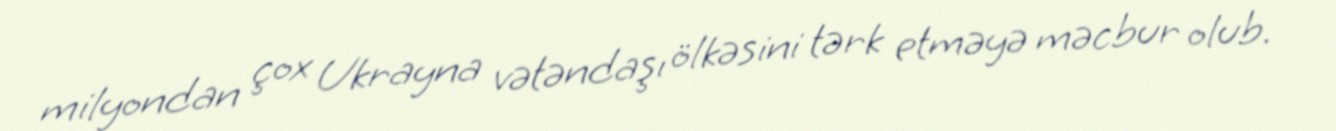
milyondan çox Ukrayna vətəndaşı ölkəsini tərk etməyə məcbur olub.